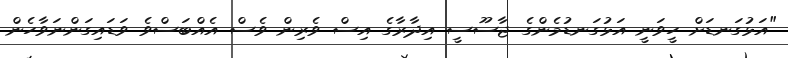
"އަޅުގަނޑަށް ހީވަނީ އަޅުގަނޑުމެންގެ ޖާސޫސީ އިދާރާގެ އިސް ވެރިން ވެސް އެއްބަސްވެ ވަޑައިގަންނަވާހެން